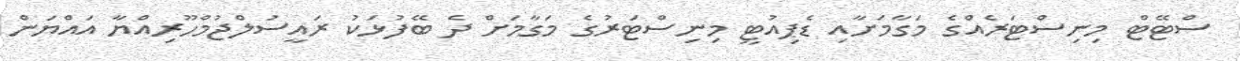
ސްޓޭޓް މިނިސްޓަރެއްގެ މަގާމަށާއި ޑެޕިއުޓީ މިނިސްޓަރުގެ މަގާމަށް ދެ ބޭފުޅަކު ރައީސުލްޖުމްހޫރިއްޔާ އައްޔަން